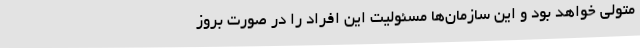
متولی خواهد بود و این سازمان‌ها مسئولیت این افراد را در صورت بروز